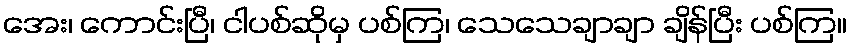
အေး၊ ကောင်းပြီ၊ ငါပစ်ဆိုမှ ပစ်ကြ၊ သေသေချာချာ ချိန်ပြီး ပစ်ကြ။